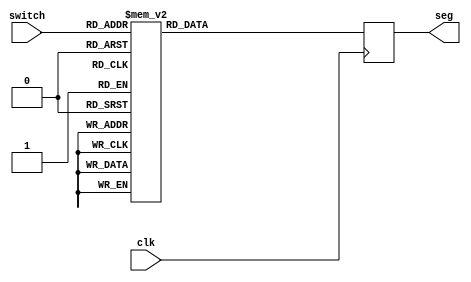
`timescale 1ns / 1ps
//////////////////////////////////////////////////////////////////////////////////
// Company: 
// Engineer: 
// 
// Design Name: 
// 
// 
//////////////////////////////////////////////////////////////////////////////////


module segment( input [3:0]switch, input clk, output reg [6:0] seg
    );
    
     always @( posedge clk)
    begin
        case (switch) //case statement
            4'b0000 : seg <= 7'b0000001; // (abcdefg) format
            4'b0001 : seg <= 7'b1001111;
            4'b0010 : seg <= 7'b0010010;
            4'b0011 : seg <= 7'b0000110;
            4'b0100 : seg <= 7'b1001100;
            4'b0101 : seg <= 7'b0100100;
            4'b0110 : seg <= 7'b0100000;
            4'b0111 : seg <= 7'b0001111;
            4'b1000 : seg <= 7'b0000000;
            4'b1001 : seg <= 7'b0000100;
            //switch off 7 segment character when the bcd digit is not a decimal number.
            default : seg = 7'b1111111; 
        endcase
    end
endmodule